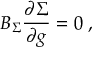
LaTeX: B _ { \Sigma } \frac { \partial \Sigma } { \partial g } = 0 \; ,